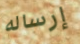
إرساله